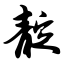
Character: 靛